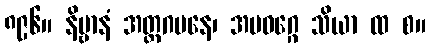
၈၉၆။ နိဗ္ဗာနံ အတ္ထဂမနေ၊ အပဝဂ္ဂေ သိယာ ထ စ။